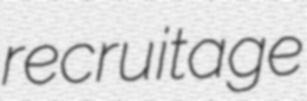
recruitage